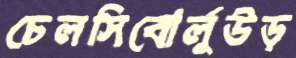
চেলসিবোর্লুউড়